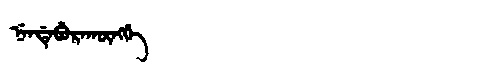
Manchu: ᠨᡝᠨᡩᡝᠪᡠᡵᠠᡴᡡᠩᡤᡝ
Romanization: NENDEBURAKŪNGGE